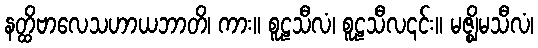
နတ္ထိဗာလေသဟာယဘာတိ၊ ကား။ စူဠသီလံ၊ စူဠသီလ၎င်း။ မဇ္ဈိမသီလံ၊